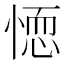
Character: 𭝼